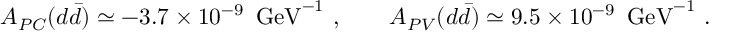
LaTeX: A _ { P C } ( d \bar { d } ) \simeq - 3 . 7 \times 1 0 ^ { - 9 } \enspace \mathrm { G e V } ^ { - 1 } ~ , \qquad A _ { P V } ( d \bar { d } ) \simeq 9 . 5 \times 1 0 ^ { - 9 } \enspace \mathrm { G e V } ^ { - 1 } ~ .